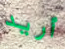
أريد